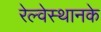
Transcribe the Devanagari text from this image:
रेल्वेस्थानके